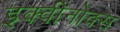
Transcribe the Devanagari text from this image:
इक्वीनोक्स